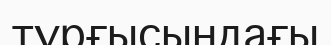
тұрғысындағы